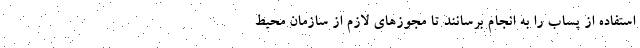
استفاده از پساب را به انجام برسانند تا مجوزهای لازم از سازمان محیط